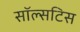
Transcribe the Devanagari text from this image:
सॉल्सटिस